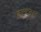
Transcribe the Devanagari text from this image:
कान्टेक्स्ट